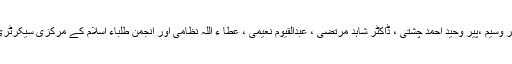
اس موقع پر انجمن طلباء اسلام کے سابقہ راہنمائوں پیر محمد سعید احمد چشتی ، رائو ظفر وسیم ،پیر وحید احمد چشتی ، ڈاکٹر شاہد مرتضیٰ ، عبدالقیوم نعیمی ، عطا ء اللہ نظامی اور انجمن طلباء اسلام کے مرکزی سیکرٹری فنانس اظہر حسین ،صوبائی سیکرٹری اطلاعات و نشریات بلال جٹ بھی موجود تھے۔